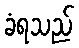
ခံရသည်